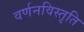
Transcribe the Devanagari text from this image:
वर्णनविस्तृति